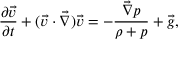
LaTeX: { \frac { \partial { \vec { v } } } { \partial { t } } } + ( \vec { v } \cdot \vec { \nabla } ) \vec { v } = - { \frac { \vec { \nabla } p } { \rho + p } } + \vec { g } ,